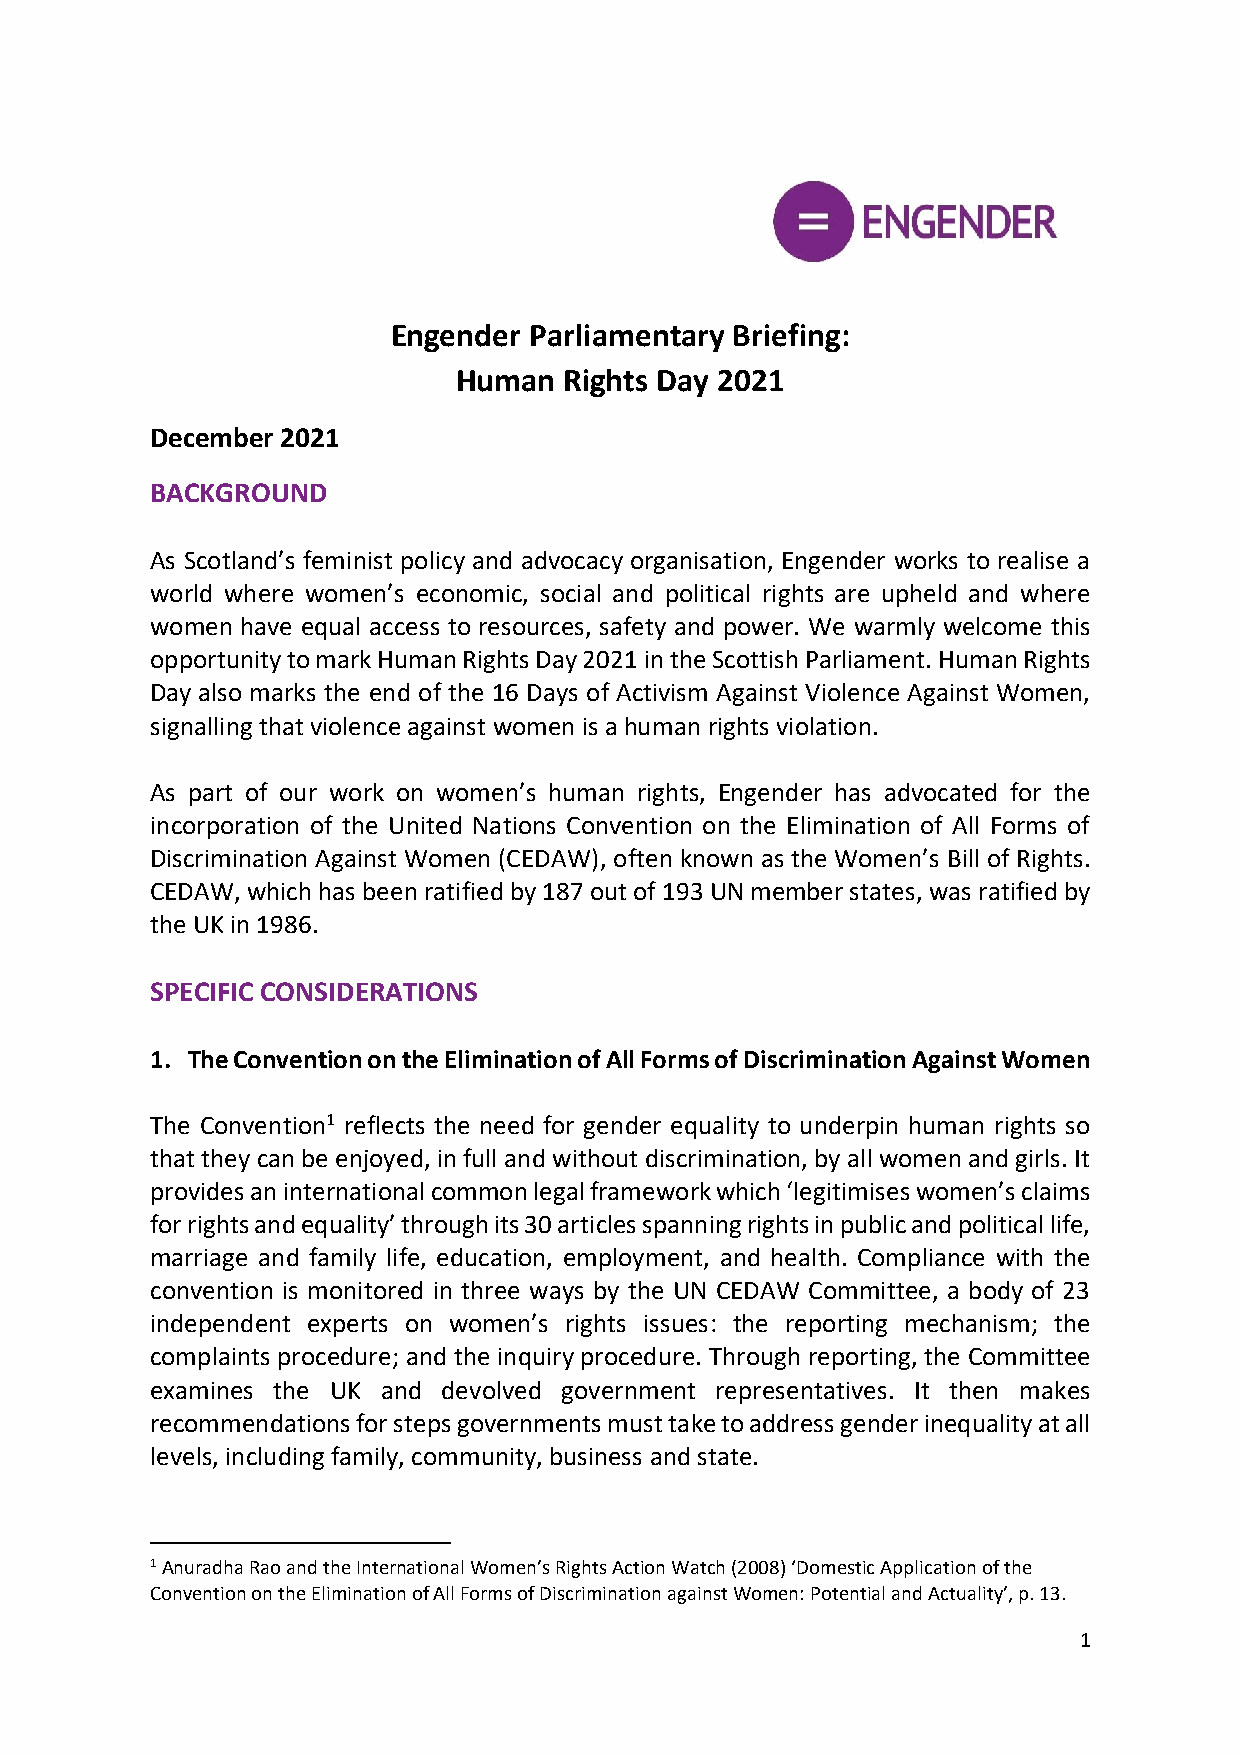
Engender Parliamentary Briefing:
 Human  Rights Day 2021
 December 2021
 BACKGROUND
 As Scotland’s feminist policy and advocacy organisation, Engender works to realise a
 world where women’s economic, social and political rights are upheld and where
 women have equal access to resources, safety and power. We warmly welcome this
 opportunity to mark Human Rights Day 2021 in the Scottish Parliament. Human Rights
 Day also marks the end of the 16 Days of Activism Against Violence Against Women,
 signalling that violence against women is a human rights violation.
 As part of our work on women’s human rights, Engender has advocated for the
 incorporation of the United Nations Convention on the Elimination of All Forms of
 Discrimination Against Women (CEDAW), often known as the Women’s Bill of Rights.
 CEDAW, which has been ratified by 187 out of 193 UN member states, was ratified by
 the UK in 1986.
 SPECIFIC CONSIDERATIONS
 1. The Convention on the Elimination of All Forms of Discrimination Against Women
 The Convention1 reflects the need for gender equality to underpin human rights so
 that they can be enjoyed, in full and without discrimination, by all women and girls. It
 provides an international common legal framework which ‘legitimises women’s claims
 for rights and equality’ through its 30 articles spanning rights in public and political life,
 marriage and family life, education, employment, and health. Compliance with the
 convention is monitored in three ways by the UN CEDAW Committee, a body of 23
 independent experts on women’s rights issues: the reporting mechanism; the
 complaints procedure; and the inquiry procedure. Through reporting, the Committee
 examines the UK and devolved government representatives. It then makes
 recommendations for steps governments must take to address gender inequality at all
 levels, including family, community, business and state.
 1 Anuradha Rao and the International Women’s Rights Action Watch (2008) ‘Domestic Application of the
 Convention on the Elimination of All Forms of Discrimination against Women: Potential and Actuality’, p. 13.
 1